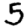
Digit: 5